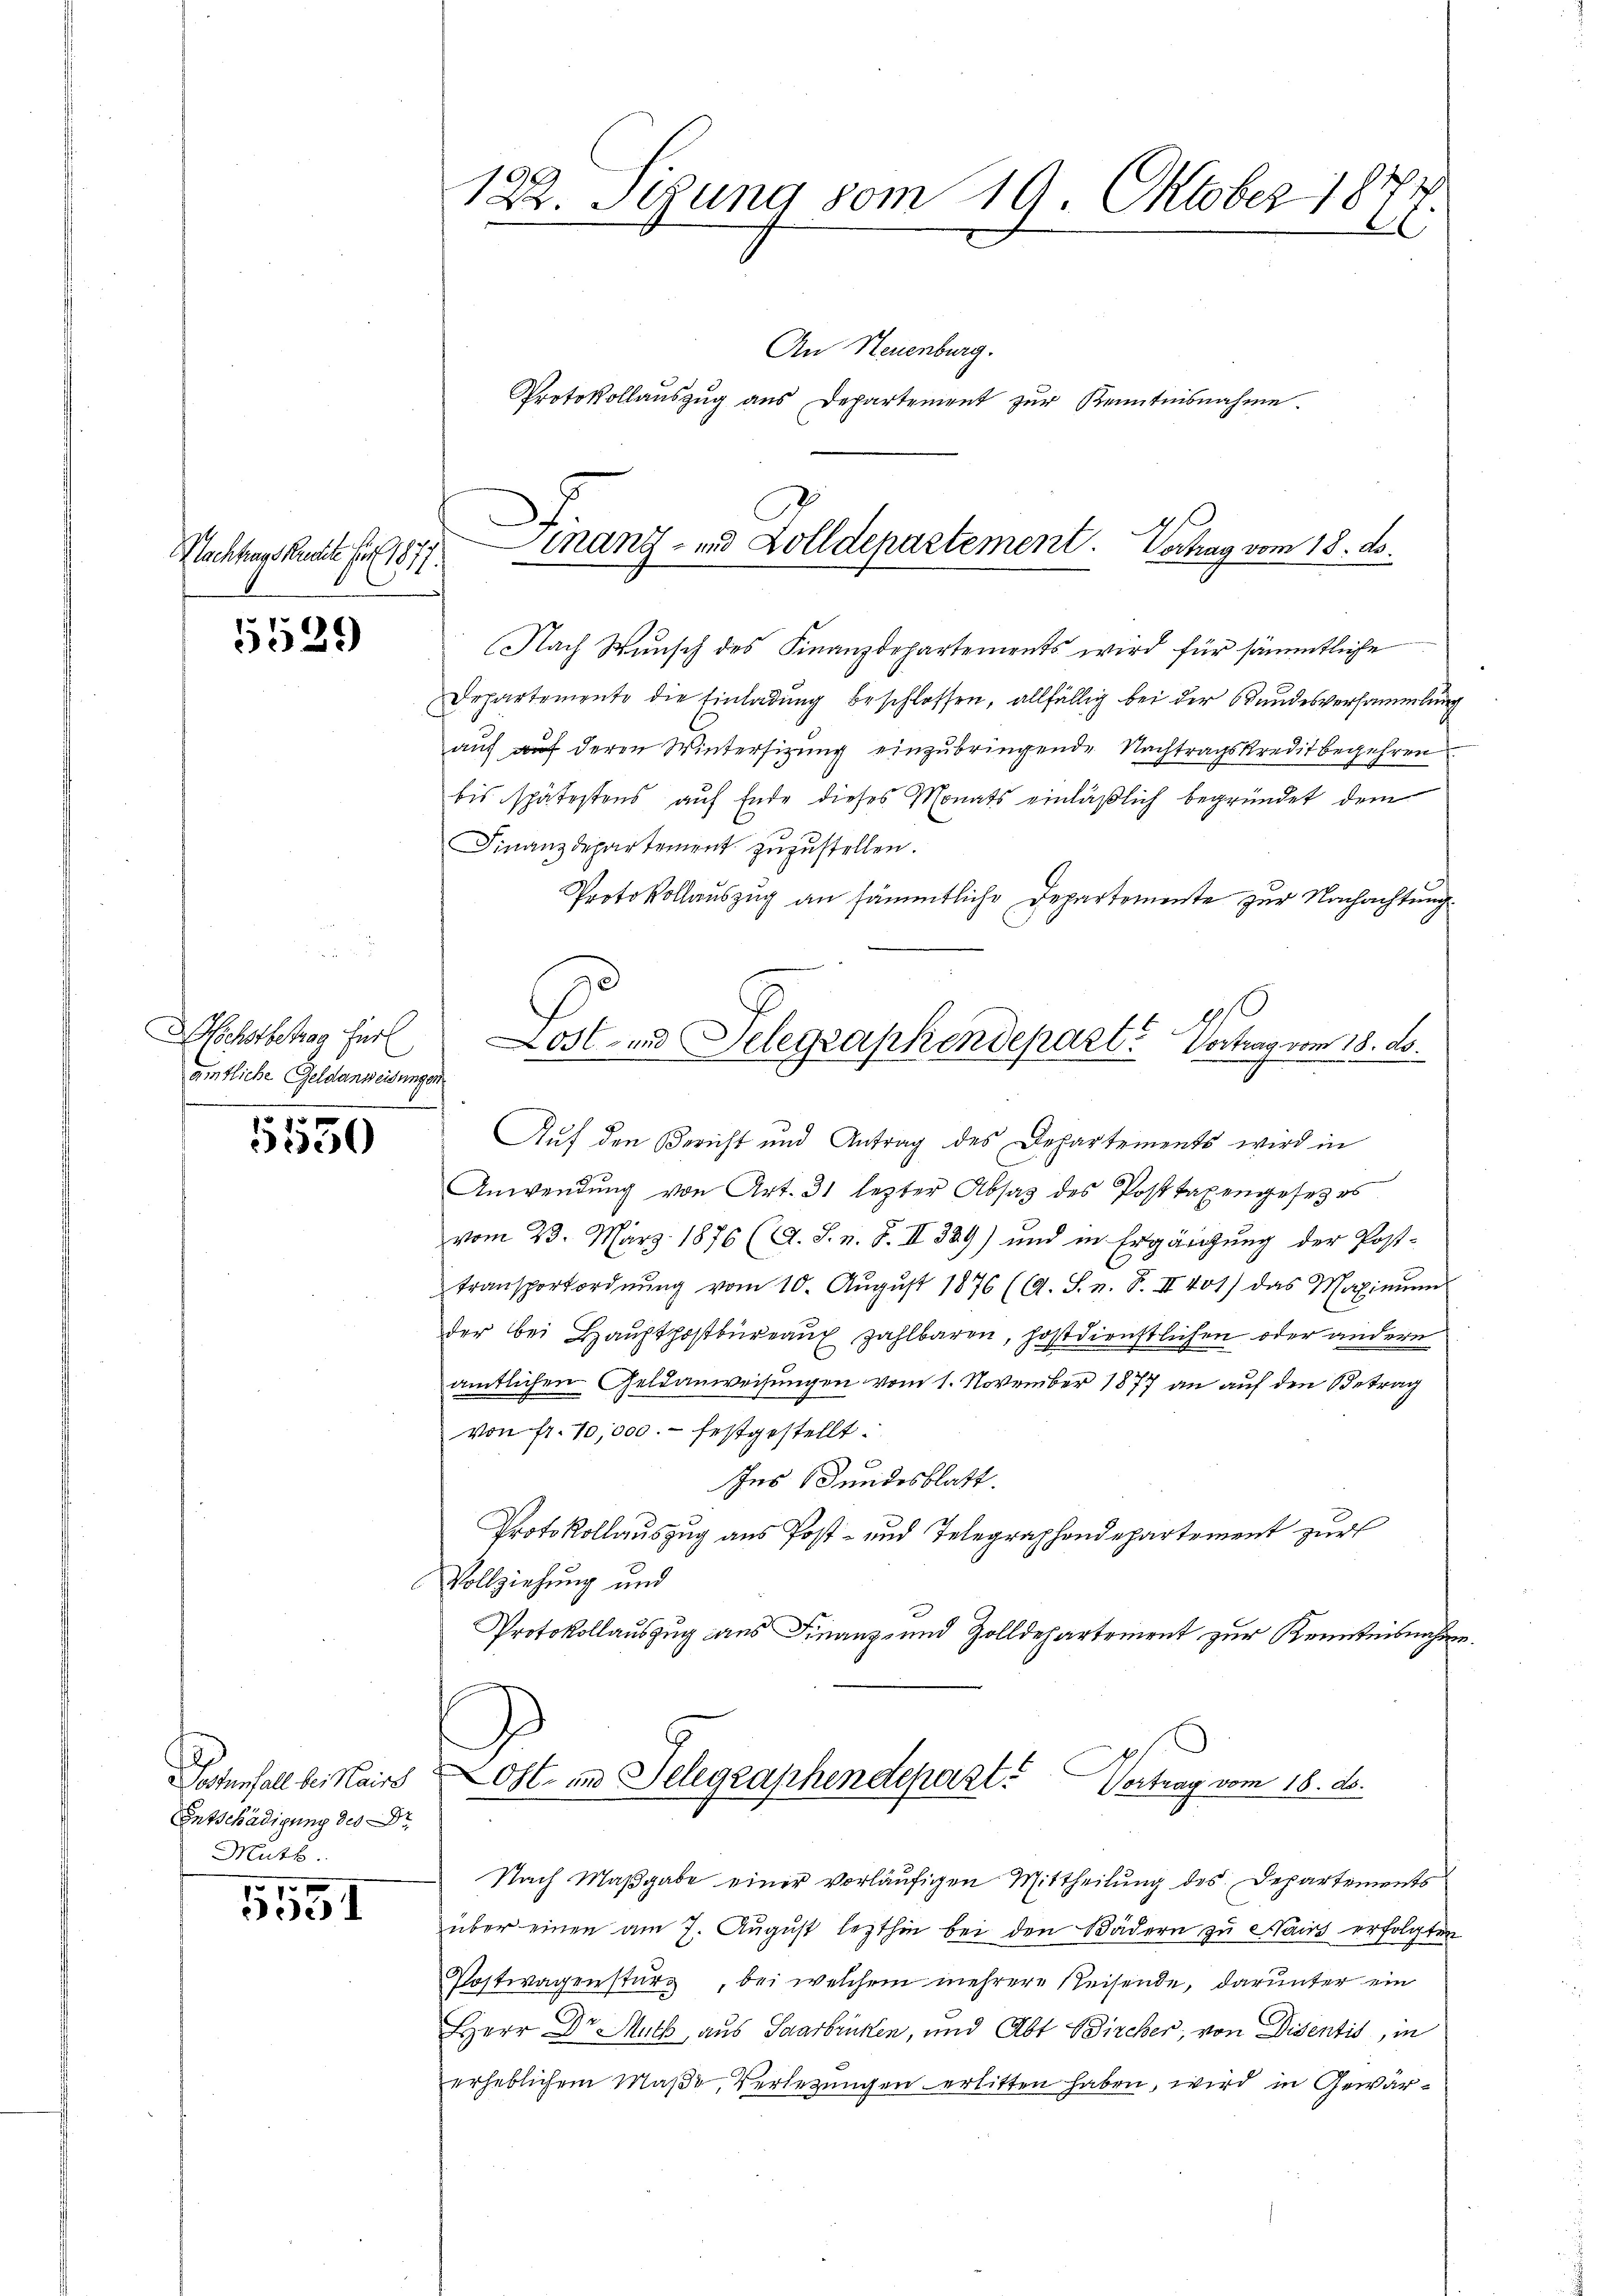
Machtrags Rechte sur 1877.

5539

Wechstbetrag ferl
ämtliche Geldanweisungen.
1010 x

23)

Entschädigung des Dr.
Math.

5551

G.
Dr. Sitzung vom 19. Oktober 181
n
.
e
An Neuenburg.
Protokollauszug aus Departement zur Kenntnisnahme.

Finanz- und Zolldepartement. Verhag vom 18. ds.

Nach Wunsch des Finanzdepartements wird für sämmtliche
Departemente die Einladung beschlossen, allfällig bei der Bundesversammlung
auf auf deren Winterfizung einzubringende Nachtragskredit begehren
bis spätestens auf Ende dieses Monats einläßlich begründet dem
Finanzdepartement zuzustellen.
Protokollauszug an sämmtliche Departemente zur Nachachtung
Auf den Bericht und Antrag des Departements wird in
Anwendŭng von Art. 31 lezter Absatz des Posttaxengesetzes
vom 23. März 1876 (A. S. v. J. II 339) und in Ergänzung der Post-
transportordnŭng vom 10. Aŭgŭst 1876 (A. S. n. F. II 401) das Maximŭm
der bei Hauptpostbüreaŭ zahlbaren, hostdienstlichen oder andern
amtlichen Geldanweisungen vom 1. November 1877 an auf den Betrag
von fr. 10,000.- festgestellt.
Ins Bundesblatt.
Protokollauszug aus Post- und Telegraphendepartement zur
Vollziehung und
Protokollauszug aus Finanz- und Zolldepartement zur Kenntnisnahme.

Lost- und Telegraphendepart. Vertrag vom 18. ds.

Nach Maßgabe einer vorläufigen Mittheilung des Departements
über einen am 7. August lezthin bei den Bädern zu Haus erfolgten
Postwagensturz, bei welchem mehrere Reisende, darunter ein
Herr Dr. Muth, aus Saarbrücken, und Abt Bircher, von Disentis, in
erheblichem Maße, Verlegungen erlitten haben, wird in Gewär¬

Postenfall bei Kairs Ost- und Telegraphendepart. Vortrag vom 18. d.